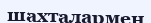
шахталармен